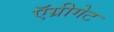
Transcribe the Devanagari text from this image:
ऍग्रीगेट